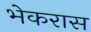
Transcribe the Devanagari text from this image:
भेकरास